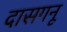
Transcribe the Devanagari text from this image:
दासगनू